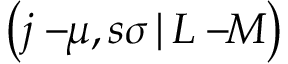
\left( j - \! \! \mu , s \sigma \, | \, L - \! \! M \right)